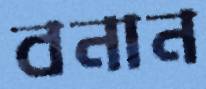
বনান